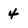
Character: 4